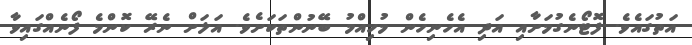
އަތުގައެވެ. ފޮޓޯނެގުމަށާއި އަދި އެހެނިހެން މުހިއްމު ބޭނުންތަކަށެވެ. އަލަށް ނެރޭ ކޮންމެ ފޯނެއްގައިވާ